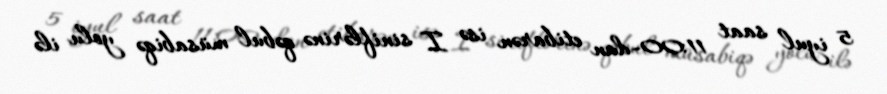
5 iyul saat 11:00-dan etibarən isə I siniflərinə qəbul müsabiqə yolu ilə